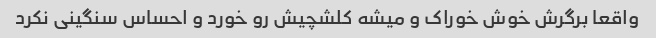
واقعا برگرش خوش خوراک و میشه کلشچیش رو خورد و احساس سنگینی نکرد